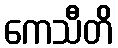
ကေသီတိ